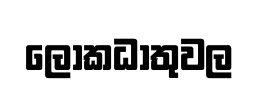
ලෝකධාතුවල